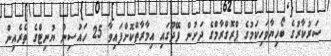
ސަރުކާރުގެ ބޯހިޔާވަހިކަމުގެ ޕްރޮގްރާމްގެ ދަށުން ފޭދޫގައި އިމާރާތްކޮށްފައިވާ 25 ހައުސިން ޔުނިޓްގެ ތެރެއިން